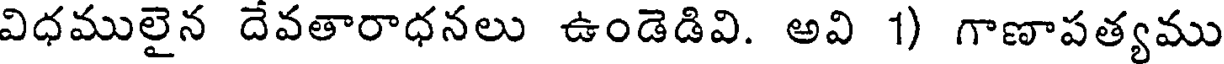
విధములైన దేవతారాధనలు ఉండెడివి. అవి 1) గాణాపత్యము